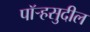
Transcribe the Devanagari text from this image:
पॉर्‍हसुदील